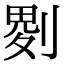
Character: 𠞅